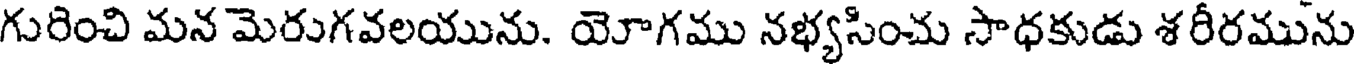
గురించి మన మెరుగవలయును. యోగము నభ్యసించు సాధకుడు శరీరమును